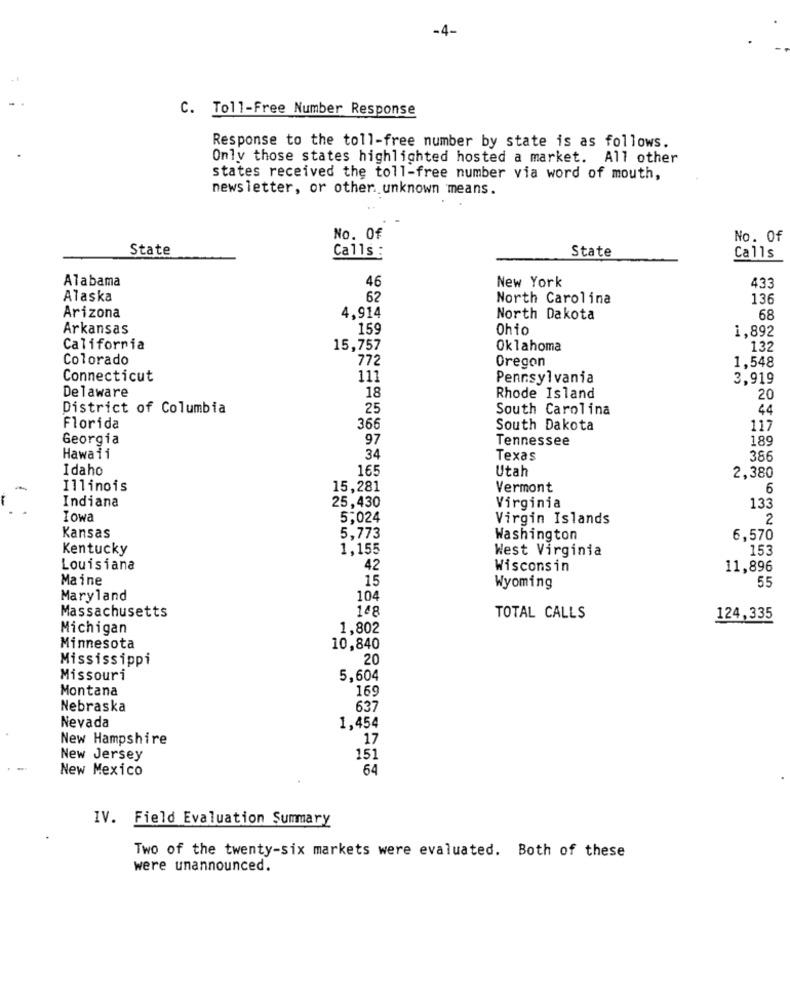
-4-
C. Toll-Free Number Response
Response to the toll-free number by state is as follows.
Only those states highlighted hosted a market. All other
states received the toll-free number via word of mouth,
newsletter, or other. unknown means.
No. Of
No. Of
State
Calls :
State
Calls
Alabama
46
New York
433
Alaska
62
North Carolina
136
Arizona
4,914
North Dakota
68
Arkansas
159
Ohio
1,892
California
15,757
Oklahoma
13:
Colorado
772
Oregon
1,548
Connecticut
111
Pennsylvania
3,919
18
Delaware
Rhode Island
20
District of Columbia
25
South Carolina
40
Florida
366
South Dakota
11:
Georgia
97
Tennessee
189
Hawaii
34
Texas
386
Idaho
16!
Utah
2,380
Illinois
15,281
Vermont
6
Indiana
25,430
Virginia
133
Iowa
5,024
Virgin Islands
2
Kansas
5,773
Washington
6,570
Kentucky
1,155
West Virginia
153
Louisiana
42
Wisconsin
11,896
Maine
15
55
Wyoming
Maryland
104
Massachusetts
148
TOTAL CALLS
124,335
Michigan
1,802
Minnesota
10,840
Mississippi
20
Missouri
5,604
Montana
169
Nebraska
637
Nevada
1,454
New Hampshire
17
New Jersey
151
New Mexico
64
IV. Field Evaluation Summary
Two of the twenty-six markets were evaluated. Both of these
were unannounced.